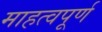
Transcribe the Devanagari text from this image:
माहत्वपूर्ण